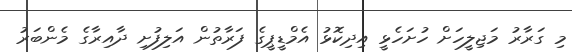
މި ގަރާރު މަޖިލީހަށް ހުށަހެޅީ އިދިކޮޅު އެމްޑީޕީގެ ފަރާތުން އަލިފުށި ދާއިރާގެ މެންބަރު